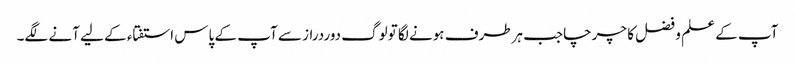
آپ کے علم و فضل کا چرچاجب ہرطرف ہونے لگا تولوگ دوردراز سے آپ کے پاس استفتاء کے لیے آنے لگے۔